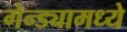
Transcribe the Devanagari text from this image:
गेन्ड्यामध्ये